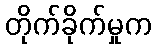
တိုက်ခိုက်မှုက